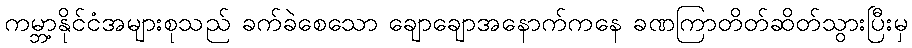
ကမ္ဘာ့နိုင်ငံအများစုသည် ခက်ခဲစေသော ချောချောအနောက်ကနေ ခဏကြာတိတ်ဆိတ်သွားပြီးမှ